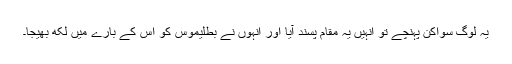
یہ لوگ سواکن پہنچے تو انہیں یہ مقام پسند آیا اور انہوں نے بطلیموس کو اس کے بارے میں لکھ بھیجا۔